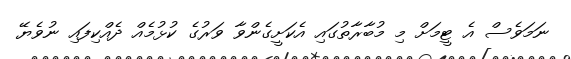
ނަމަވެސް އެ ޓީމަށް މި މުބާރާތުގައި އެކަށީގެންވާ ވަރުގެ ކުޅުމެއް ދެއްކިފައި ނުވެޔޭ